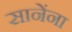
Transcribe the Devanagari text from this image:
सानेंना